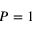
P = 1